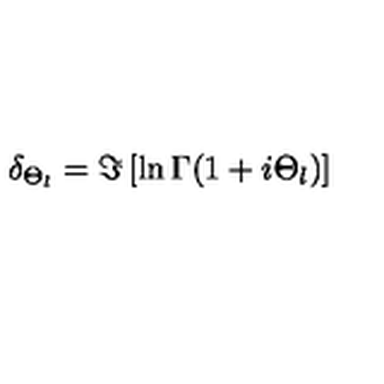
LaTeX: \delta _ { \Theta _ { l } } = \Im \left[ \ln \Gamma ( 1 + i \Theta _ { l } ) \right]